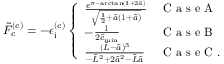
\tilde { F } _ { c } ^ { ( c ) } = - \epsilon _ { \mathrm { i } } ^ { ( c ) } \left\{ \begin{array} { l l } { \frac { e ^ { \pi - \arctan ( 1 + 2 \tilde { a } ) } } { \sqrt { \frac { 1 } { 2 } + \tilde { a } ( 1 + \tilde { a } ) } } } & { \mathrm { ~ C ~ a ~ s ~ e ~ A ~ } } \\ { - \frac { 1 } { 2 \tilde { c } _ { \mathrm { m i n } } } } & { \mathrm { ~ C ~ a ~ s ~ e ~ B ~ } } \\ { \frac { ( \tilde { L } - \tilde { a } ) ^ { 3 } } { - \tilde { L } ^ { 2 } + 2 \tilde { a } ^ { 2 } - \tilde { L } \tilde { a } } } & { \mathrm { ~ C ~ a ~ s ~ e ~ C ~ . ~ } } \end{array} \right.